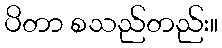
ပိတာ စသည်တည်း။